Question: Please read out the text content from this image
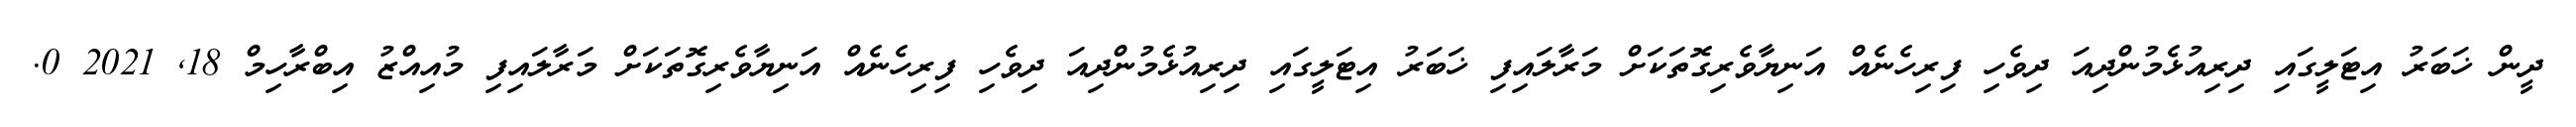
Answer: ދީން ޚަބަރު އިޓަލީގައި ދިރިއުޅެމުންދިއަ ދިވެހި ފިރިހެނެއް އަނިޔާވެރިގޮތަކަށް މަރާލައިފި ޚަބަރު އިޓަލީގައި ދިރިއުޅެމުންދިއަ ދިވެހި ފިރިހެނެއް އަނިޔާވެރިގޮތަކަށް މަރާލައިފި މުއިއްޒު އިބްރާހިމް 18, 2021 0.